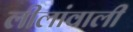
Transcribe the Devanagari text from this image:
लीलांवाली